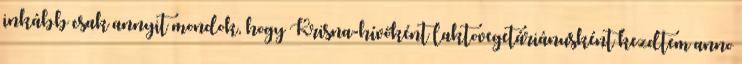
inkább csak annyit mondok, hogy Krisna-hívőként laktovegetáriánusként kezdtem anno